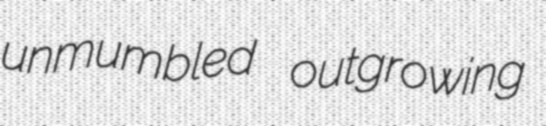
unmumbled outgrowing